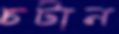
চটান